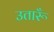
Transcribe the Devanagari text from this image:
उतारूँ